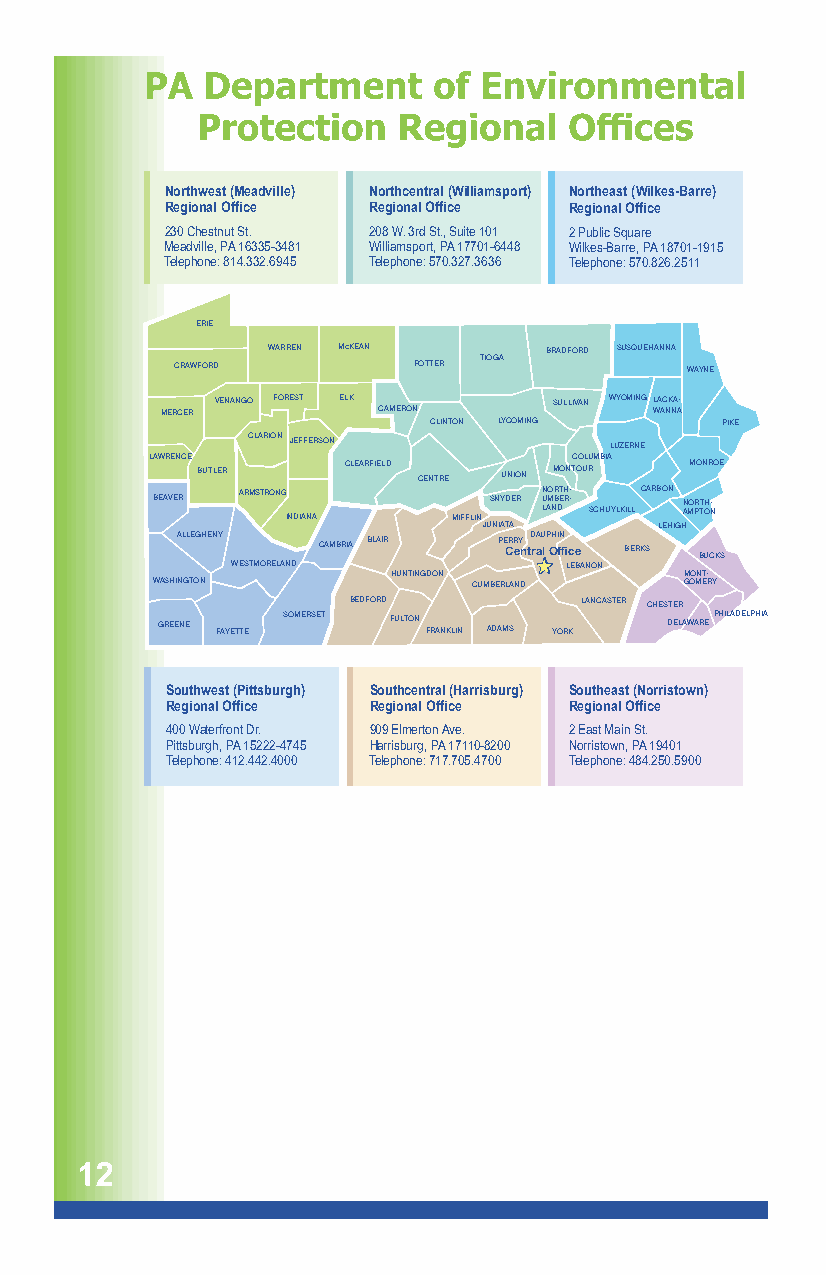
Northwest (Meadville) Northcentral (Williamsport) Northeast (Wilkes-Barre)
 Regional Office Regional Office Regional Office
 230 Chestnut St. 208 W. 3rd St., Suite 101 2 Public Square
 Meadville, PA 16335-3481 Williamsport, PA 17701-6448 Wilkes-Barre, PA 18701-1915
 Telephone: 814.332.6945 Telephone: 570.327.3636 Telephone: 570.826.2511
 ERIE
 WARREN McKEAN     BRADFORD SUSQUEHANNA
 TIOGA
 CRAWFORD       POTTER            WAYNE
 MERCER VENANGO FOREST ELK CAMERON SULLIVAN WYOMING WLA AC NK NA A-
 CLINTON LYCOMING    PIKE
 CLARION JEFFERSON       LUZERNE
 LAWRENCE
 BUTLER
 CLEARFIELD
 CENTRE UNION
 MONTC OO UL RUMBIA MONROE
 BEAVER ARMSTRONG
 INDIANA    MIFFLIN
 SNYDER N U LAMO NR B DT EH R- - SCHUYLKILLCARBON N AMO PR TT OH N-
 JUNIATA     LEHIGH
 ALLEGHENY CAMBRIA BLAIR PE CRR eY n tD rA aU l P OHI ffiN ce BERKS BUCKS
 WESTMORELAND          LEBANON
 HUNTINGDON         MONT-
 WASHINGTON           CUMBERLAND    GOMERY
 BEDFORD        LANCASTER CHESTER
 GREENE FAYETTE SOMERSET FULTON FRANKLIN ADAMS YORK DELAWAREPHILADELPHIA
 Southwest (Pittsburgh) Southcentral (Harrisburg) Southeast (Norristown)
 Regional Office Regional Office Regional Office
 400 Waterfront Dr. 909 Elmerton Ave. 2 East Main St.
 Pittsburgh, PA 15222-4745 Harrisburg, PA 17110-8200 Norristown, PA 19401
 Telephone: 412.442.4000 Telephone: 717.705.4700 Telephone: 484.250.5900